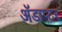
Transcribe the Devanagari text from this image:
ॲडाप्टर